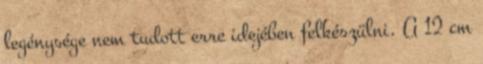
legénysége nem tudott erre idejében felkészülni. A 12 cm